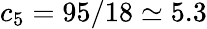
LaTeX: c_{5}=95/18\simeq 5.3